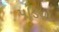
પડિયો